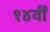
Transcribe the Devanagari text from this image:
१४वीँ